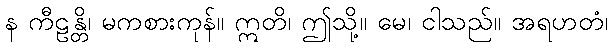
န ကီဠန္တိ၊ မကစားကုန်။ ဣတိ၊ ဤသို့။ မေ၊ ငါသည်။ အရဟတံ၊